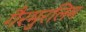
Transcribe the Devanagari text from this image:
गैरमुरलिम